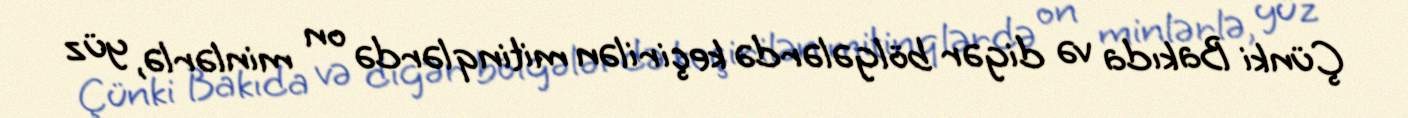
Çünki Bakıda və digər bölgələrdə keçirilən mitinqlərdə on minlərlə, yüz